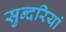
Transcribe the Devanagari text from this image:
सुन्दरियां